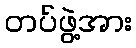
တပ်ဖွဲ့အား